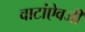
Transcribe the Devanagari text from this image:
वाटांऐवजी